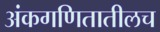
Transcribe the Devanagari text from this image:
अंकगणितातीलच